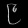
Digit: ၉